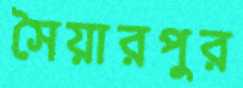
সৈয়ারপুর